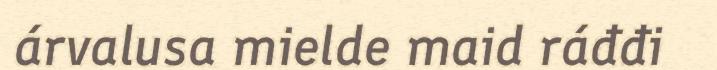
árvalusa mielde maid ráđđi